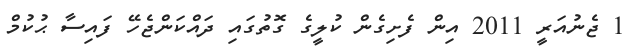
1 ޖެނުއަރީ 2011 އިން ފެށިގެން ކުލީގެ ގޮތުގައި ދައްކަންޖެހޭ ފައިސާ ޙުކުމް